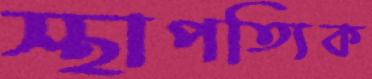
স্থাপত্যিক